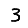
Digit: 3